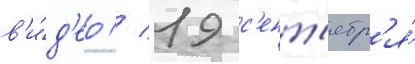
в'и́д'ео // 19 с'ент'ябр'я́